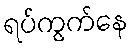
ရပ်ကွက်နေ